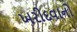
ખરીદવાનો